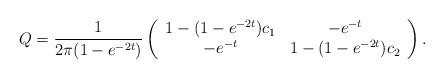
LaTeX: \begin{align*} Q = \frac{1}{2\pi(1-e^{-2t})} \left( \begin{array}{cc} 1 - (1-e^{-2t}) c_1 & -e^{-t} \\ -e^{-t} & 1 - (1-e^{-2t}) c_2 \end{array} \right).\end{align*}